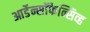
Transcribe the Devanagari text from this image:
आर्डेन्सॉफेन्सिव्ह